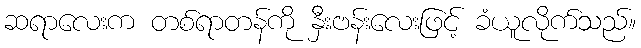
ဆရာလေးက တစ်ရာတန်ကို နှီးဗန်းလေးဖြင့် ခံယူလိုက်သည်။